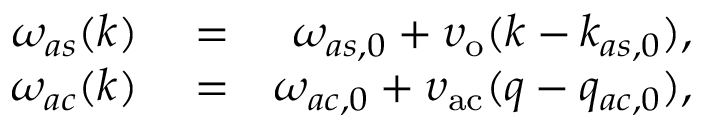
\begin{array} { r l r } { \omega _ { a s } ( k ) } & { { } = } & { \omega _ { a s , 0 } + \upsilon _ { \mathrm { o } } ( k - k _ { a s , 0 } ) , } \\ { \omega _ { a c } ( k ) } & { { } = } & { \omega _ { a c , 0 } + \upsilon _ { \mathrm { a c } } ( q - q _ { a c , 0 } ) , } \end{array}